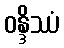
ဝန္ဒိဿံ